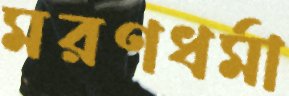
মরণধর্মা